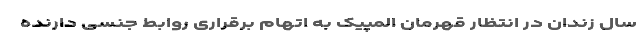
سال زندان در انتظار قهرمان المپیک به اتهام برقراری روابط جنسی دارنده